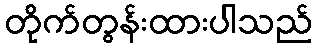
တိုက်တွန်းထားပါသည်